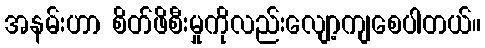
အနမ်းဟာ စိတ်ဖိစီးမှုကိုလည်းလျော့ကျစေပါတယ်။